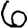
Digit: 6